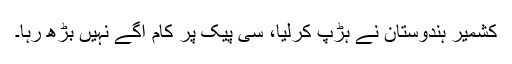
کشمیر ہندوستان نے ہڑپ کرلیا، سی پیک پر کام آگے نہیں بڑھ رہا۔